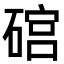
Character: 䃔